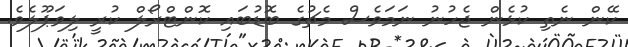
ކޭން ނެތި ކުޅެން ޖެހުނު ނަމަވެސް މެޗުގެ ބޮޑުބައި ކޮންޓްރޯލް ކުރީ ލިވަޕޫލެވެ.